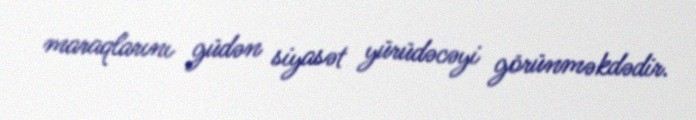
maraqlarını güdən siyasət yürüdəcəyi görünməkdədir.